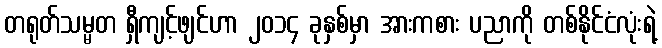
တရုတ်သမ္မတ ရှီကျင့်ဖျင်ဟာ ၂၀၁၄ ခုနှစ်မှာ အားကစား ပညာကို တစ်နိုင်ငံလုံးရဲ့